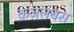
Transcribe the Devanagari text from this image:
क़ज़लबस